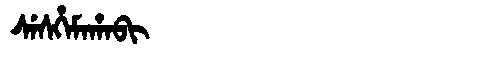
Manchu: ᠰᡝᠰᡥᡝᠮᠠᡥᠠᠪᡳ
Romanization: SESHEMAHABI